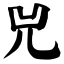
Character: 兕